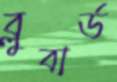
ব্লুবার্ড